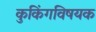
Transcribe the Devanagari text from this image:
कुकिंगविषयक